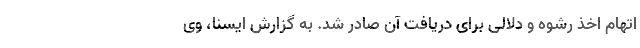
اتهام اخذ رشوه و دلالی برای دریافت آن صادر شد. به گزارش ایسنا، وی